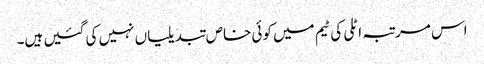
اس مرتبہ اٹلی کی ٹیم میں کوئی خاص تبدیلیاں نہیں کی گئیں ہیں۔